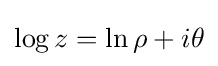
\log z=\ln \rho +i\theta